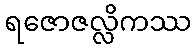
ရဇောဇလ္လိကဿ